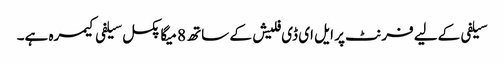
سیلفی کےلیے فرنٹ پر ایل ای ڈی فلیش کے ساتھ 8 میگا پکسل سیلفی کیمرہ ہے۔